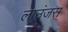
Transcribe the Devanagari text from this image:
लाउंजस